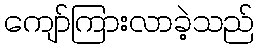
ကျော်ကြားလာခဲ့သည်